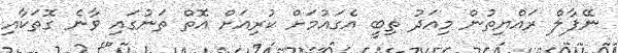
ނޭޕާލް ރައްޔިތުން މިއަދު ތިބީ އެގައުމަށް ކުރިއަށް އޮތް ތަނުގައި ވާނެ ގޮތަކާއި